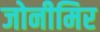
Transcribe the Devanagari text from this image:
जोनीमिर